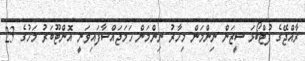
ރާއްޖޭގެ ފުޓްބޯޅަ ސީޒަން ނިންމަން މިހާރު ނިންމަން ހަމަޖައްސާފައިވަނީ އޮންޓޫބަރު މަހުގެ 23